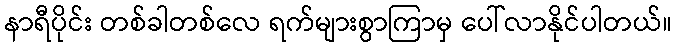
နာရီပိုင်း တစ်ခါတစ်လေ ရက်များစွာကြာမှ ပေါ်လာနိုင်ပါတယ်။